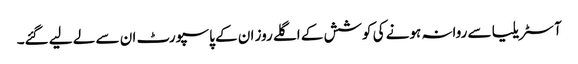
آسٹریلیا سے روانہ ہونے کی کوشش کے اگلے روز ان کے پاسپورٹ ان سے لے لیے گئے۔